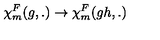
{ \chi } _ { m } ^ { F } ( g , . ) \rightarrow { \chi } _ { m } ^ { F } ( g h , . )